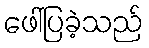
ဖေါ်ပြခဲ့သည်